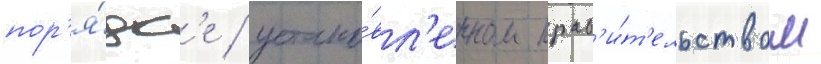
пор'я́дк'е / устано́вл'енном прав'и́т'ельством